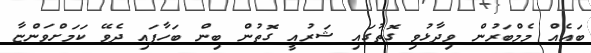
ބައެއް މެމްބަރުން ވިދާޅުވި ގޮތުގައި ޝަރުއީ ގޮތުން ބިން ބަހާފައި ދެވޭ ކަމަށްވަންޏާ